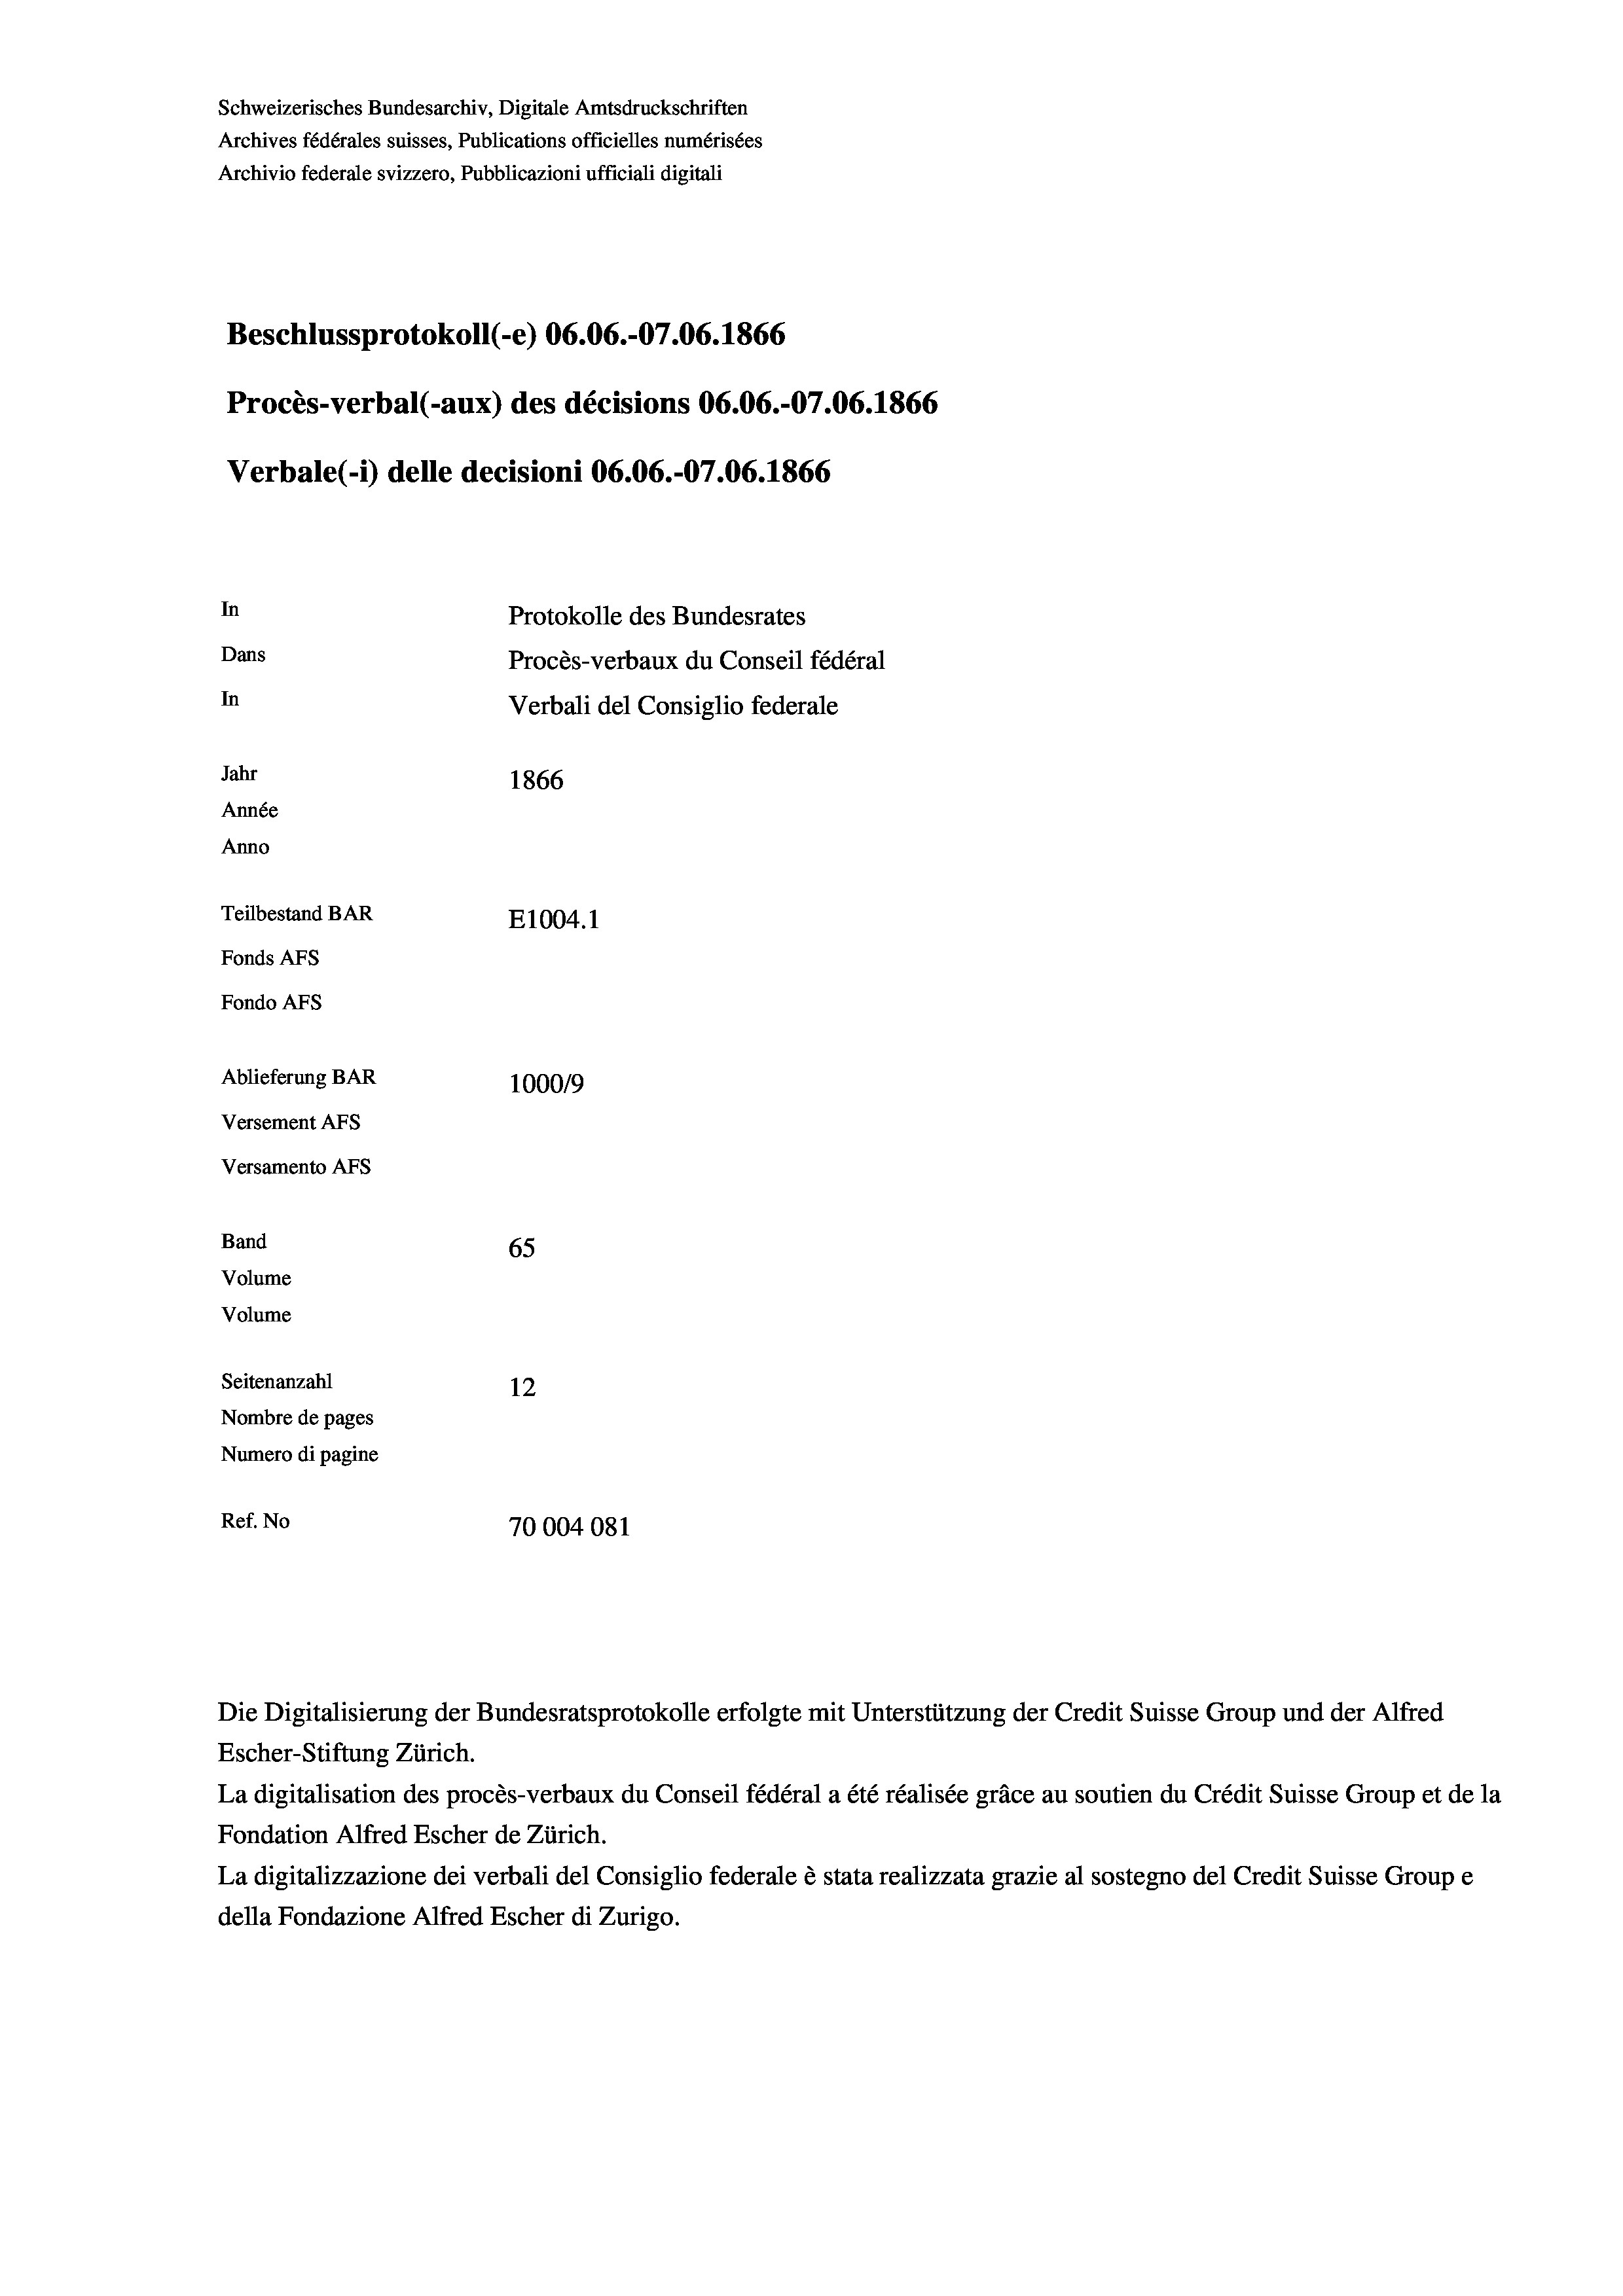
Schweizerisches Bundesarchiv, Digitale Amtsdruckschriften
Archives fédérales suisses, Publications officielles numérisées
Archivio federale svizzero, Pubblicazioni ufficiali digitali
Beschlussprotokoll (-e) 06.06.-07.06. 1866
Procès-verbal (-aux) des décisions 06.06.-07.06. 1866
Verbale (i) delle decisioni 06.06.-07.06. 1866
In
Protokolle des Bundesrates
Dans
Procès-verbaux du Conseil fédéral
In
Verbali del Consiglio federale
Jahr
1866
Année
Anno
Teilbestand BAR
E1004.1
Fonds AFs
Fondo Afs
Ablieferung BAR
100019
Versement AFs
Versamento AFs
Band
65
Volume
Volume
Seitenanzahl
12
Nombre de pages
Numero di pagine
Ref. No
70004081

Escher-Stiftung Zürich.
La digitalisation des procès-verbaux du Conseil fédéral a été réalisée gräce au soutien du Crédit Suisse Group et de la
Fondation Alfred Escher de Zürich.
La digitalizzazione dei verbali del Consiglio federale è stata realizzata grazie al sostegno del Credit Suisse Groupe
della Fondazione Alfred Escher di Zurigo.

Die Digitalisierung der Bundesratsprotokolle erfolgte mit Unterstützung der Credit Suisse Group und der Alfred